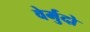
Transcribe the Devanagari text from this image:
वेर्मुदो